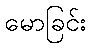
မောခြင်း